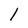
Character: l